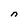
Character: n